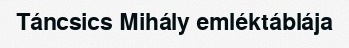
Táncsics Mihály emléktáblája